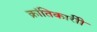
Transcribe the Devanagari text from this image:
क्रांतिकारीी